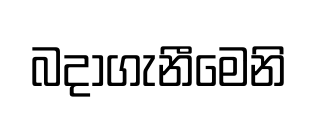
බදාගැනීමෙනි